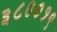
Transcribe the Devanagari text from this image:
३८००१९